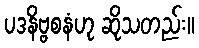
ပဒနိဗ္ဗစနံဟု ဆိုသတည်း။